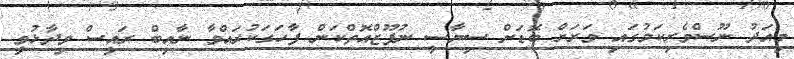
މިއަދު ނޫސްވެރިކަމުގައި ވަރަށް ބޮޑަށް ސިޔާސީ ނުފޫޒްއޮތްކަން ފާހަގަކުރައްވާ ނާއިބް ރައީސް ވިދާޅުވީ